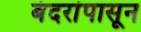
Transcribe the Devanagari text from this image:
बंदरांपासून